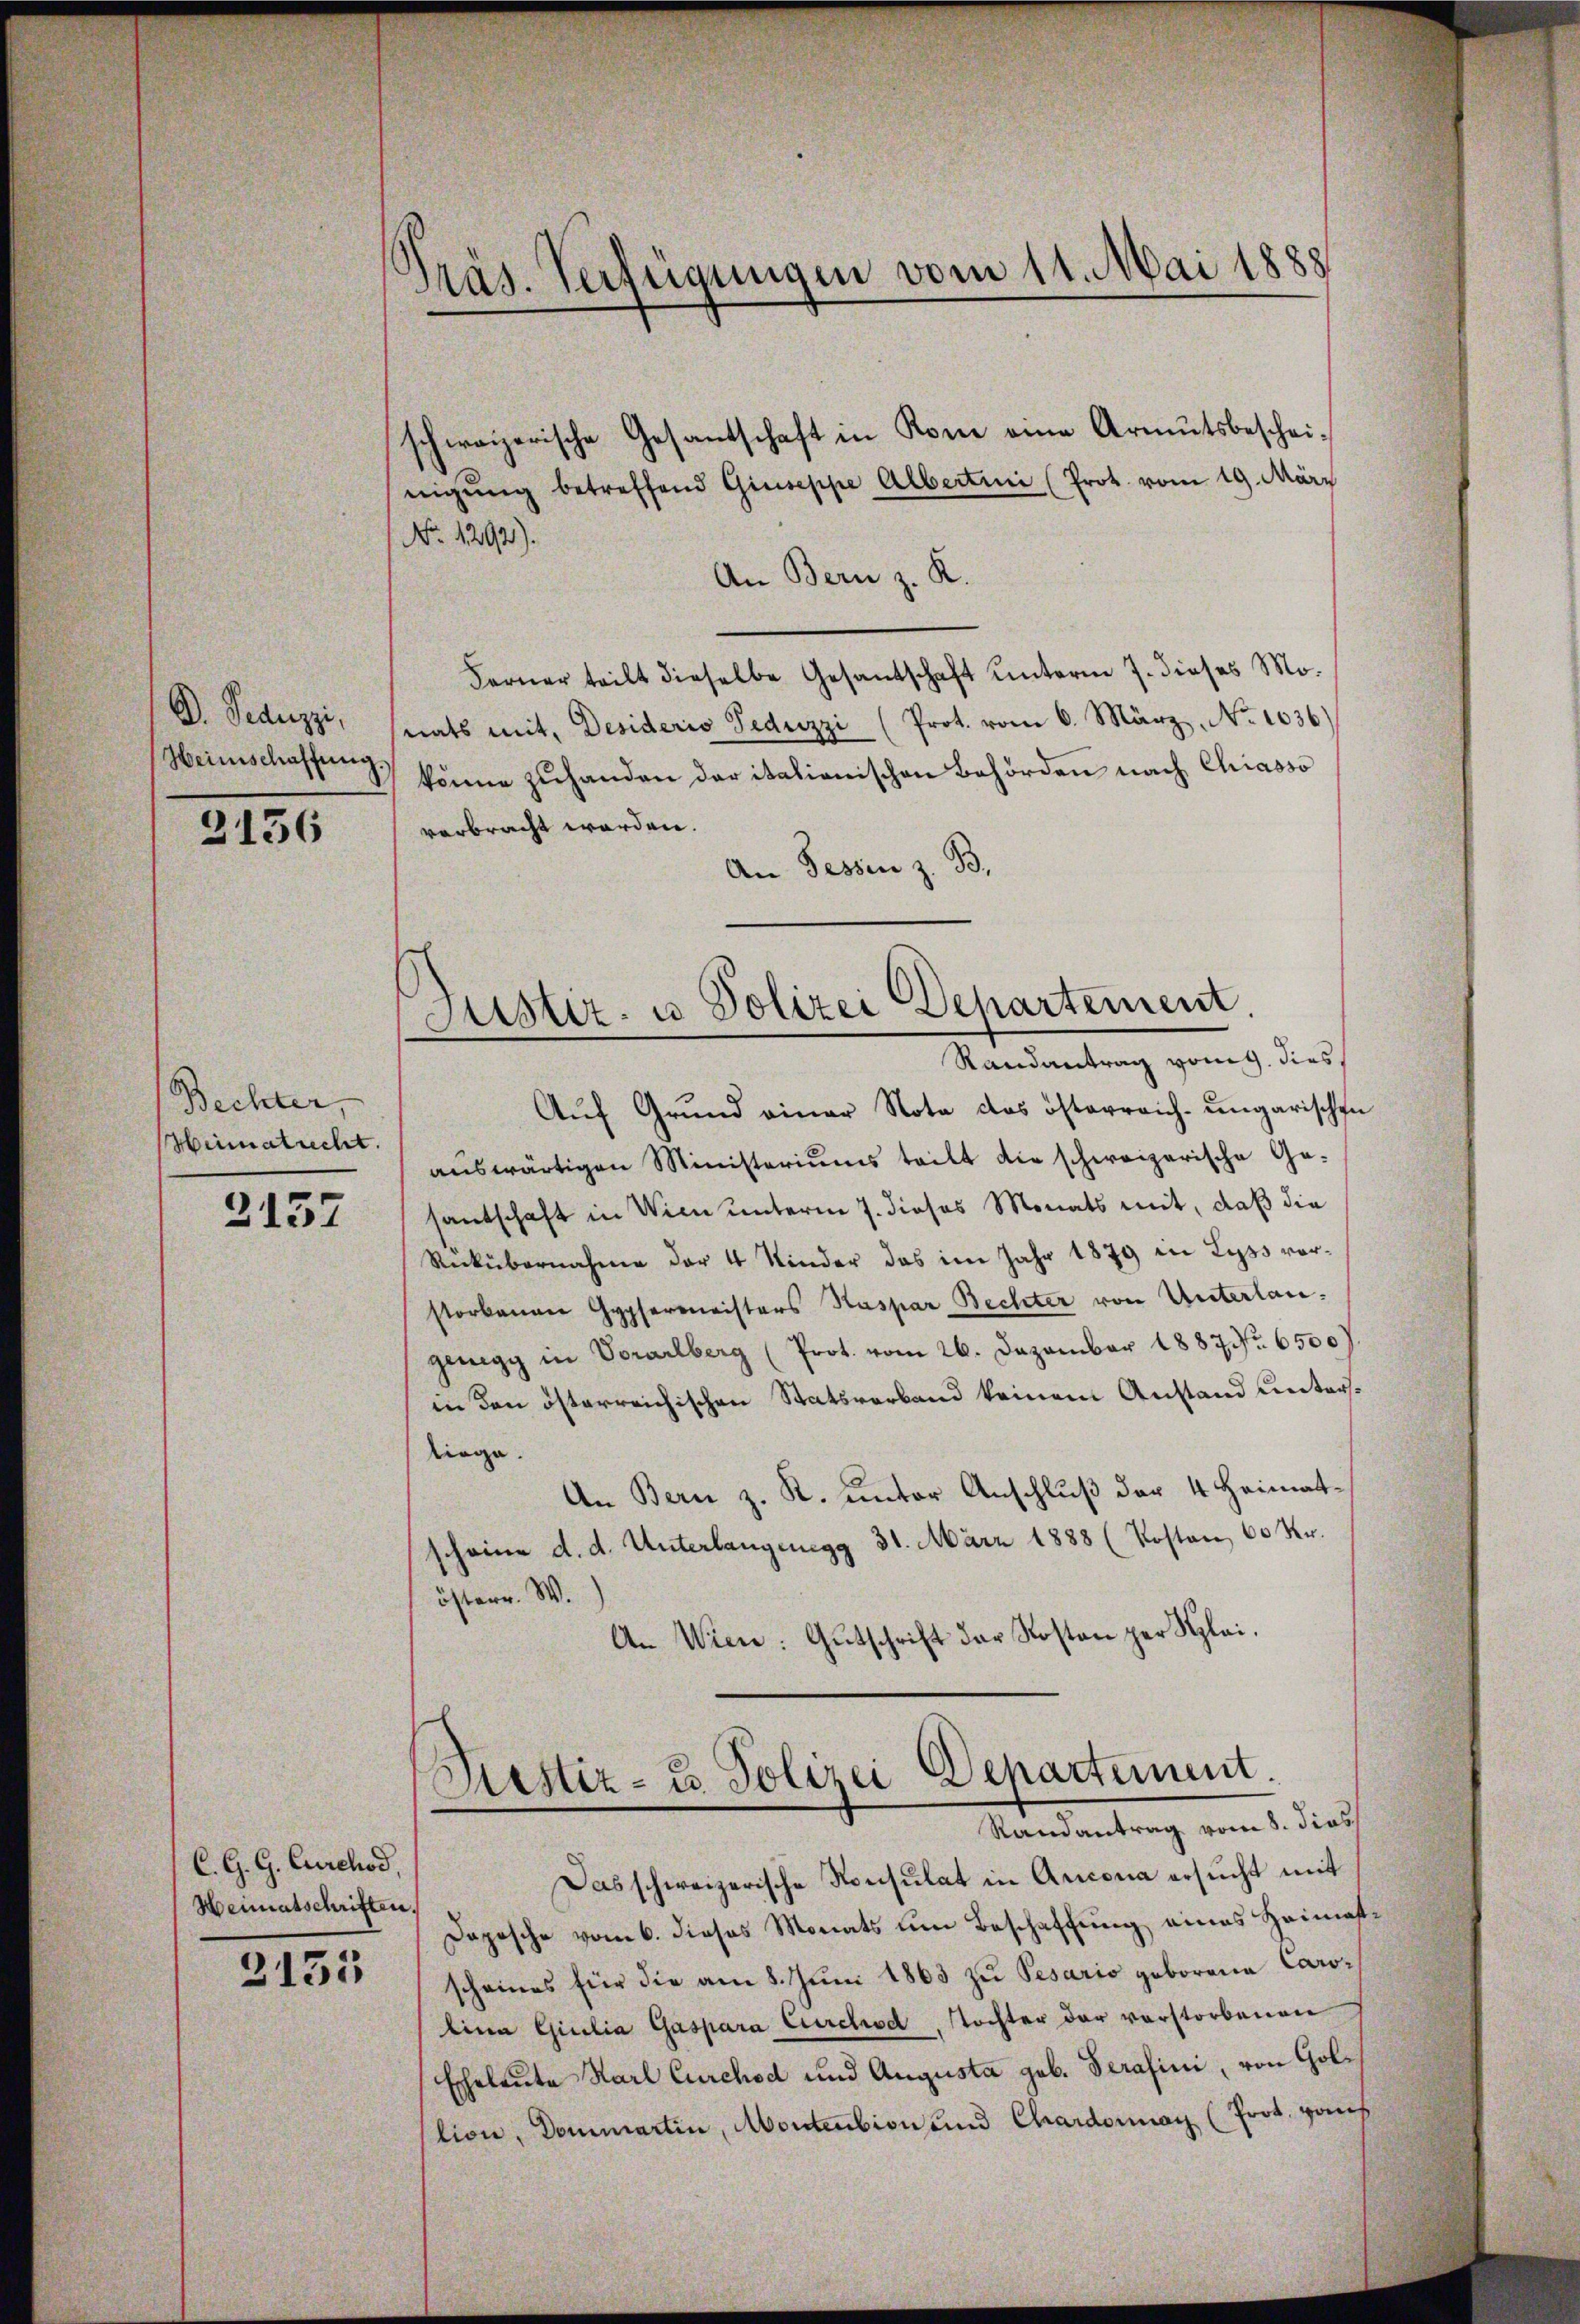
D. Seduzzi,
Heimschaffŭng.

3156

Bechter,
Heimatrecht.

2157

C.G. G. Curchod,
Heimatschriften.

3155

Präs. Verfügungen vom 11. Mai 1888

schweizerische Gesantschaft in Koni eine Armutsbescheinigung betreffend Giuseppe Albertini (Prot. vom 19. März
No 1292).
An Bern z. K.
Ferner teilt dieselbe Gesandschaft unterm 7. dieses Mo-
nats mit, Desideris Teduzzi (Prot. vom 6. März, No 1036.)
könne zŭ handen der italienischen Behörden nach Chiasso
verbracht worden.
An Tessin z. B.

Justiz- u Polizei Departement.
Randantrag vom 9. dies

Auf Grund einer Nota das österreich-ungarischen
aŭswärtigen Ministeriums teilt die schweizerische Ge-
santschaft in Wien unterm 7. dieses Monats mit, daß die
Rickübernahme der 4 Kinder das im Jahr 1879 in Lyss vorstorbenen Gypsermeisters Kaspar Bechter von Unterlangenegg in Vorarlberg (Prot. vom 26. Dezember 1887 Nr. 6500
in den österreichischen Statsverband keinem Anstand unterstioge.
An Bern z. K. unter Anschluß der 4 Heimatscheine d. d. Unterlangung 31. März 1888 (Kosten, 60 Kr.
österr. W.
An Wien. Gŭtschrift der Kosten per Klei¬

Restiz- u. Polizei Departement.
Randantrag vom 8. dies

Das schweizerische Konsulat in Arcona ersucht mit
Dopische vom 6. dieses Monats um Beschaffung eines Heimatscheines für die am 8. Juni 1863 zu Pesario geborene Carolina Giulia Gaspara Curchsd, Tochter der verstorbenen
Eheleute Karl Curchod und Augusta geb. Serafini, von Goltion, Dommartin, Montenbion und Chardoran (Prot. Haus